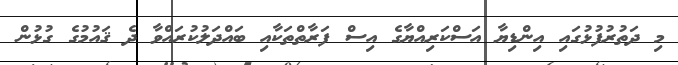
މި ދަތުރުފުޅުގައި އިންޑިޔާ އަސްކަރިއްޔާގެ އިސް ފަރާތްތަކާއި ބައްދަލުކުރައްވާ ދެ ޤައުމުގެ ގުޅުން